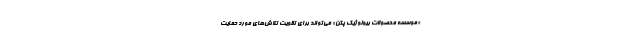
«موسسه محصولات بیولوژیک پکن» می‌تواند برای تقویت تلاش‌های مورد حمایت